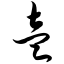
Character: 壹